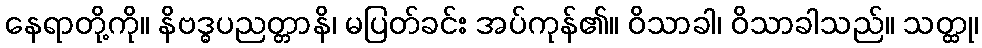
နေရာတို့ကို။ နိဗဒ္ဓပညတ္တာနိ၊ မပြတ်ခင်း အပ်ကုန်၏။ ဝိသာခါ၊ ဝိသာခါသည်။ သတ္ထု၊